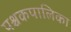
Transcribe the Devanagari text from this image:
पश्चकपालिका